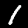
Label: 1